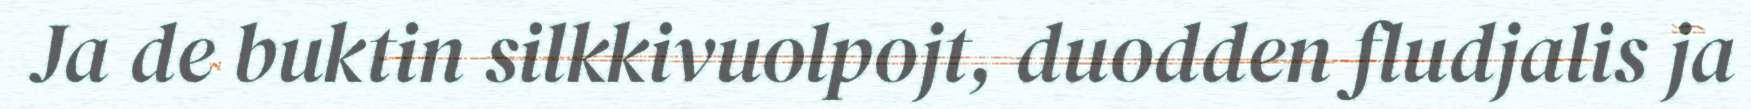
Ja de buktin silkkivuolpojt, duodden fludjalis ja